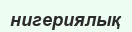
нигериялық